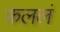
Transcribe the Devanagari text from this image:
कललं